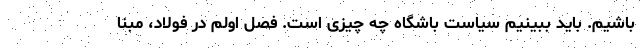
باشیم. باید ببینیم سیاست باشگاه چه چیزی است. فصل اولم در فولاد، مبنا